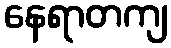
နေရာတကျ